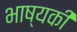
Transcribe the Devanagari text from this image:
भाष्यकी